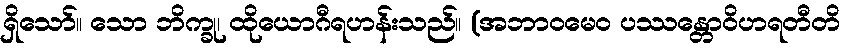
ရှိသော်။ သော ဘိက္ခု၊ ထိုယောဂီရဟန်းသည်။ (အဘာဝမေဝ ပဿန္တောဝိဟရတီတိ